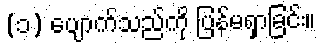
(၁) ပျောက်သည်ကို ပြန်မရှာခြင်း။